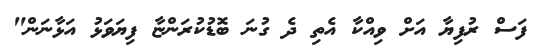
ފަސް ރުފިޔާ އަށް ވިއްކާ އެތި ދެ ގުނަ ބޮޑުކުރަންޏާ ފިޔަވަޅު އަޅާނަން"